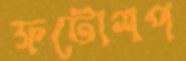
ফটোশপ